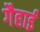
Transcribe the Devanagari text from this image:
गैहाई